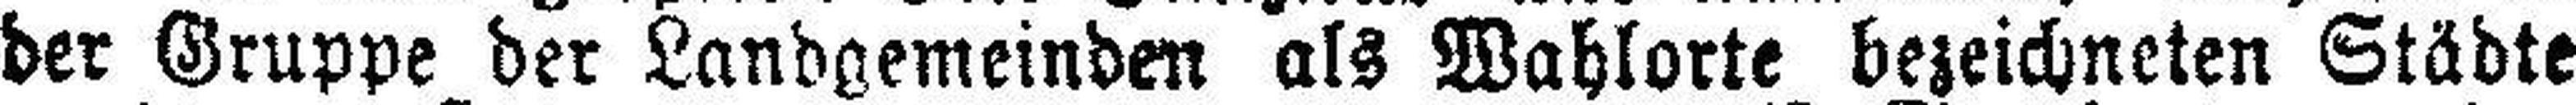
der Gruppe der Landgemeinden als Wahlorte bezeichneten Städte